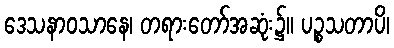
ဒေသနာဝသာနေ၊ တရားတော်အဆုံး၌။ ပဉ္စသတာပိ၊